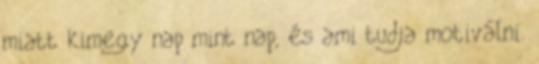
miatt kimegy nap mint nap, és ami tudja motiválni.